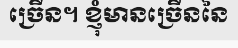
ច្រើន។ ខ្ញុំមានច្រើននៃ